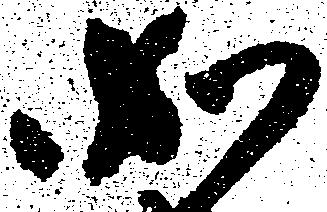
如